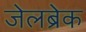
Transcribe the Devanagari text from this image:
जेलब्रेक